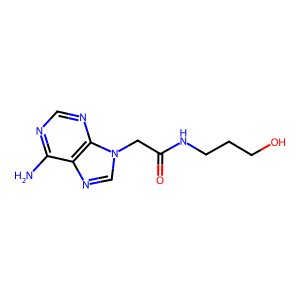
SMILES: Nc1ncnc2c1ncn2CC(=O)NCCCO
Inhibits HIV replication: No